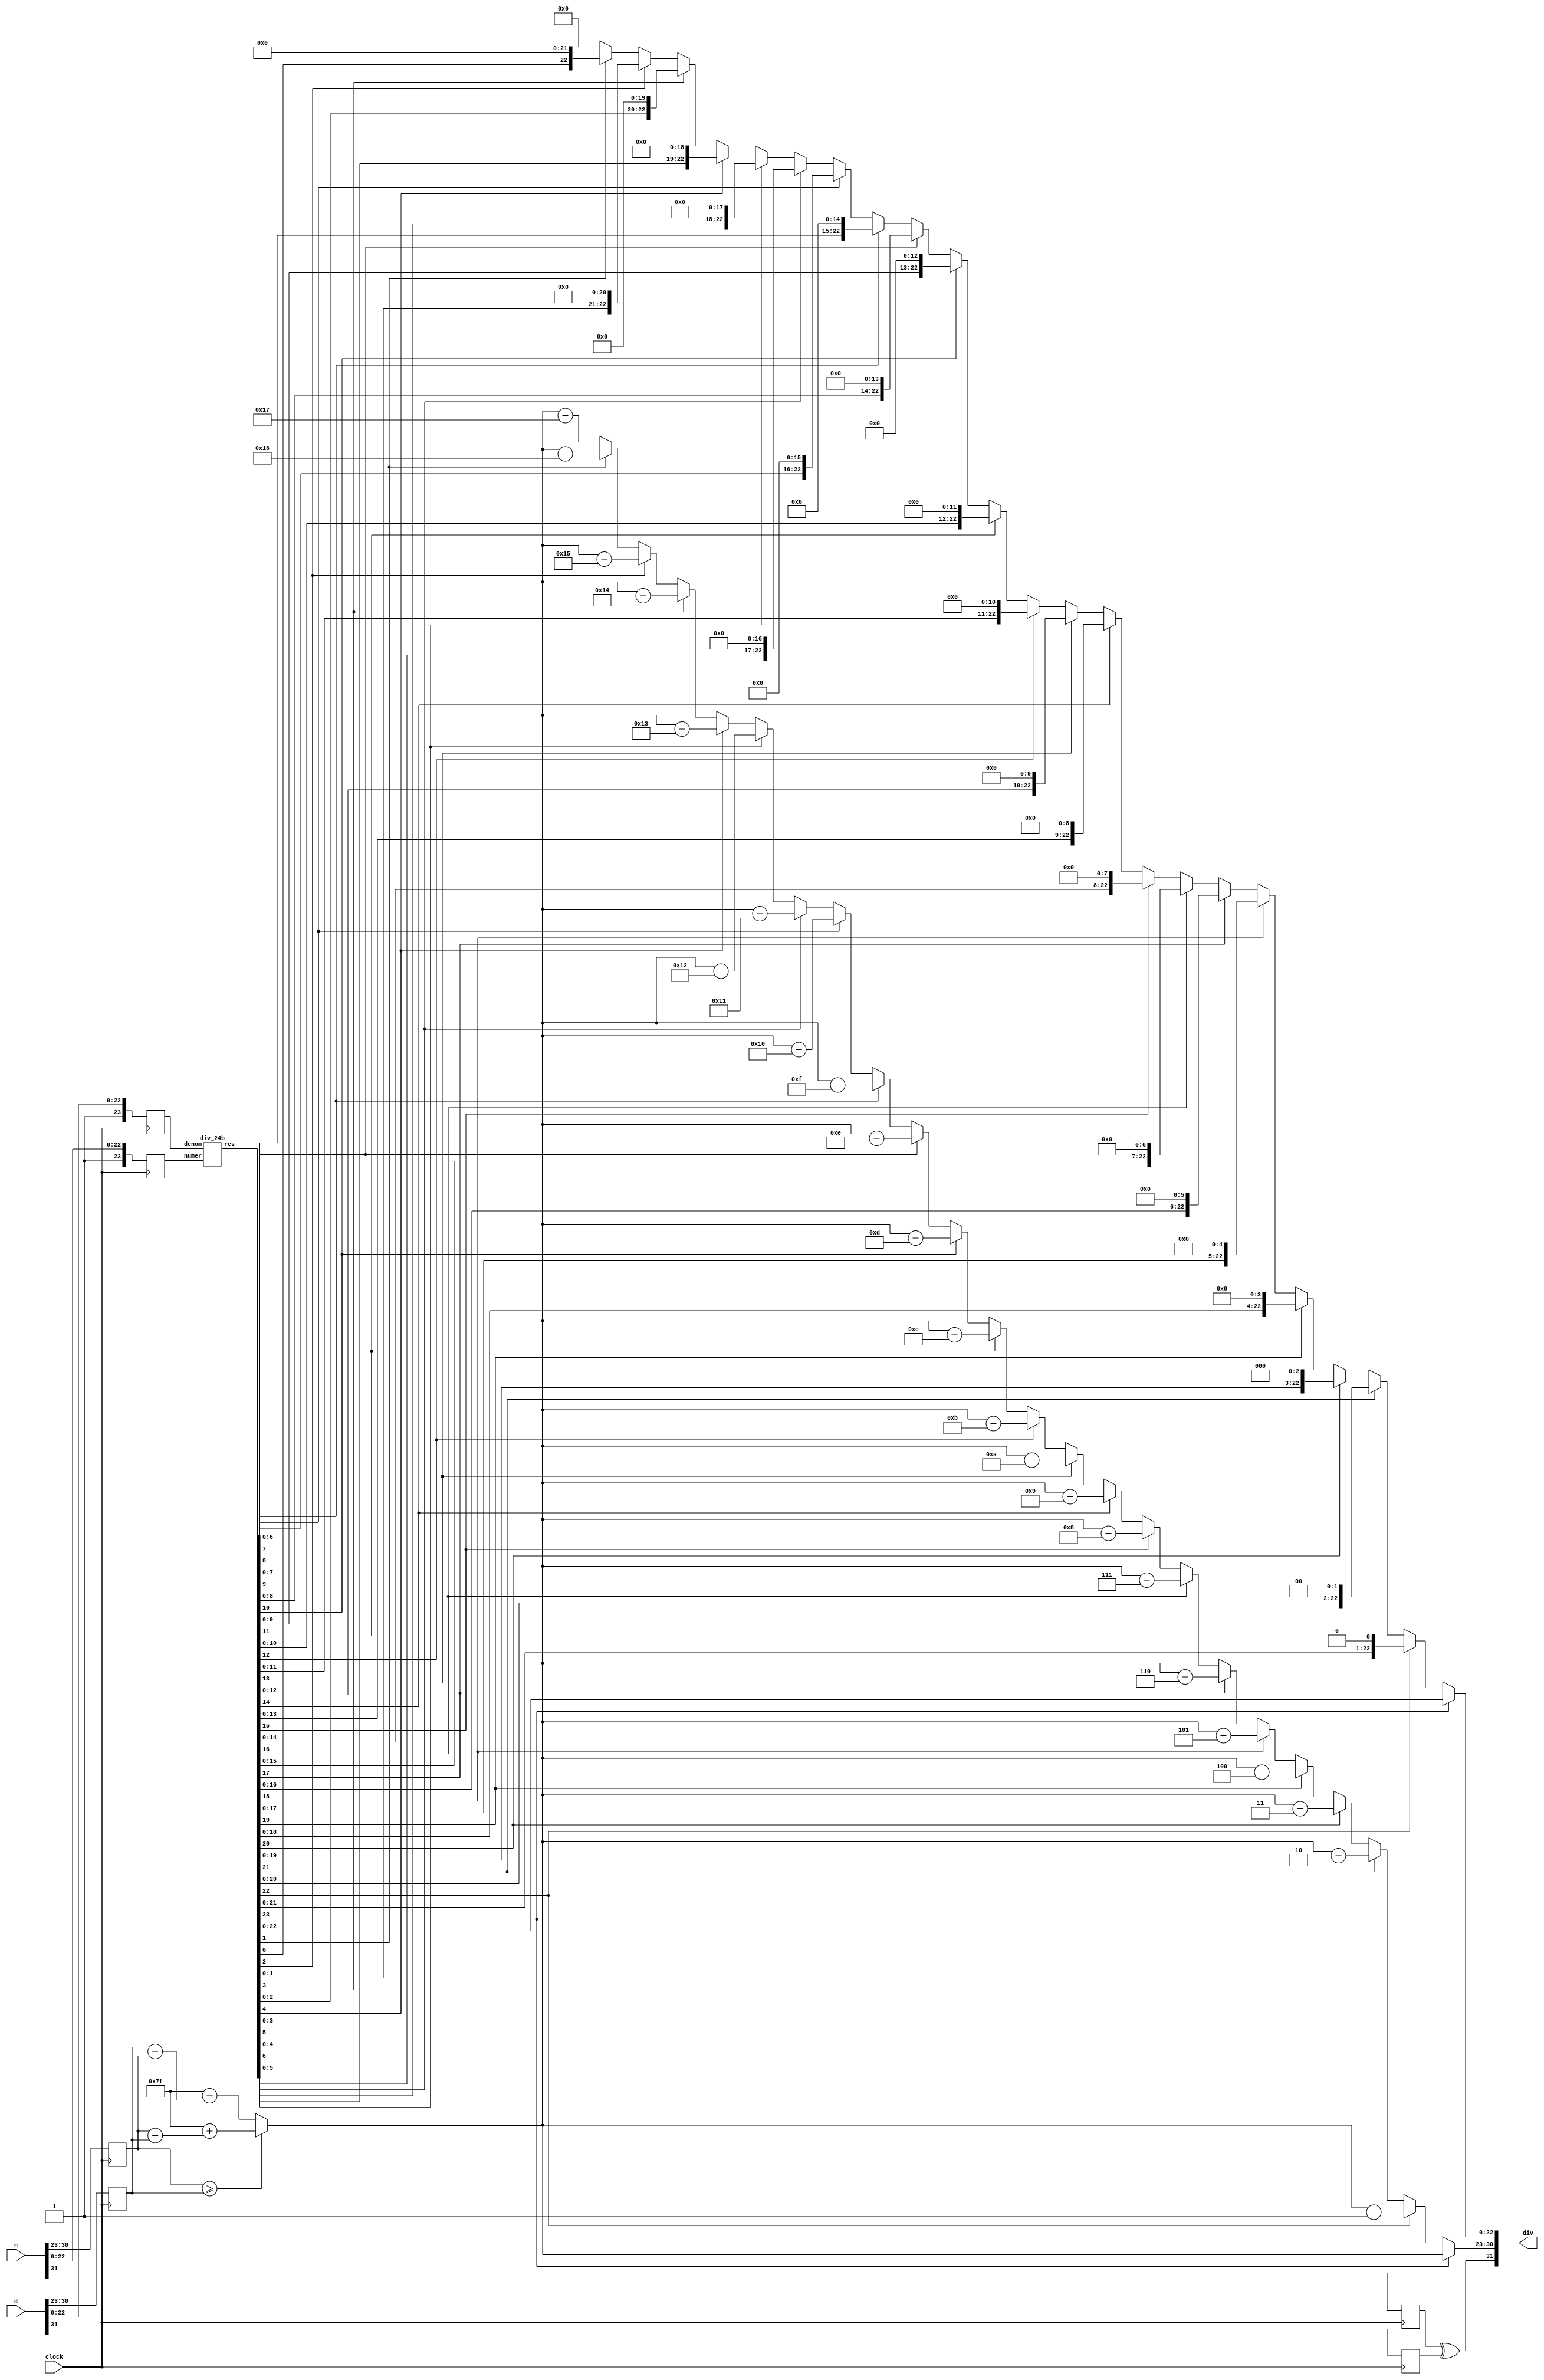
`define NWIDTH 6'b010100
`define BLOCKWIDTH 4'b0111
`define DDRWIDTH 7'b0100000
`define DDRNUMDQS 4'b0100
`define DDRSIZEWIDTH 6'b011000
`define BURSTLEN 3'b010
`define MEMCONWIDTH 8'b01000000
`define MEMCONNUMBYTES 5'b01000
`define RAMWIDTH 12'b010000000000
`define RAMNUMBYTES 9'b010000000
`define RAMSIZEWIDTH 4'b0111
`define TOPWIDTH 7'b0100000
`define rFIFOINPUTWIDTH 8'b01000000
`define wFIFOINPUTWIDTH 12'b010000000000
`define mFIFOWIDTH 6'b011100
`define aFIFOWIDTH 4'b0111
`define SIMULATION_MEMORY
`define BLOCKM 8'b01000000
`define BLOCKN 8'b01000000
`define BLOCKMDIVK 3'b010
`define MEMBLOCKM 7'b0100000
`define MEMBLOCKN 7'b0100000
`define NWIDTH 6'b010100
`define BLOCKWIDTH 4'b0111
`define DDRSIZEWIDTH 6'b011000
`define RAMSIZEWIDTH 4'b0111
`define START 1'b0 //0
`define SETUP 2'b01 //1
`define FIRST 3'b010 //2
`define MODE0_SETUP 3'b011 //3
`define MODE0_WAIT 4'b0100 //4
`define MODE0 4'b0101 //5
`define MODE1_SETUP 4'b0110 //6
`define MODE1_WAIT 4'b0111 //7
`define MODE1 5'b01000 //8
`define MODE2_SETUP 5'b01001 //9
`define MODE2_WAIT 5'b01010 //10
`define MODE2 5'b01011 //11
`define MODE3_SETUP 5'b01100 //12
`define MODE3_WAIT 5'b01101 //13
`define MODE3 5'b01110 //14
`define STALL 5'b01111 //15
`define STALL_WAIT 6'b010000 //16
`define WAIT 6'b010001 //17
`define FINAL_WRITE 6'b010010 //18
`define FINAL_WAIT 6'b010011 //19
`define IDLE 6'b010100 //20
`define LAST_SETUP 6'b010101 //21
`define LAST_SETUP_WAIT 6'b010110 //22
`define LAST 6'b010111 //23
`define LAST_WAIT 6'b011000 //24
`define MEM_IDLE 1'b0 //0
`define MEM_WRITE 2'b01 //1
`define MEM_WRITE_WAIT 3'b010 //2
`define MEM_CHECK_DONE 3'b011 //3
`define MEM_READ 4'b0100 //4
`define MEM_READ_WAIT 4'b0101 //5
`define MEM_DONE 4'b0110 //6
`define MEM_WAIT_DONE 4'b0111 //7
`define rRAMSIZEWIDTH 7
`define cSETUP 4'b0000
`define cSTART 4'b0001
`define cFETCH_COL 4'b0010
`define cWAIT_COL 4'b0011
`define cFIND_REC 4'b0100
`define cMULT_COL 4'b0101
`define cUPDATE_J 4'b0110
`define cSTORE_MO 4'b0111
`define cMULT_SUB 4'b1000
`define cINCRE_I 4'b1001
`define cWAIT 4'b1010
`define cDONE 4'b1011
`define cSTORE_DIAG 4'b1100
`define cSTORE_DIAG2 4'b1101
`define cSTART_FETCH_ROW 4'b1110
`define cROW_WAIT 2'b00
`define cFETCH_ROW 2'b01
`define cDONE_FETCH_ROW 2'b10
`define cLOAD_ROW_INC_J 2'b11
`define PRECISION 7'b0100000
`define NUMPE 7'b0100000
`define PEWIDTH 4'b0101
`define BLOCKWIDTH 4'b0111
`define RAMWIDTH 12'b010000000000
`define RAMNUMBYTES 9'b010000000
`define RAMSIZEWIDTH 4'b0111
`define TOPSIZEWIDTH 5'b01100
`define TOPINPUTDELAY 3'b011
`define TOPOUTPUTDELAY 2'b01
`define MEMINPUTDELAY 3'b010
`define MEMOUTPUTDELAY 2'b01
`define TOPWIDTH 7'b0100000
//`define rFIFOINPUTWIDTH 64
`define rFIFOSIZE 256
`define rFIFOSIZEWIDTH 8
`define rFIFOOUTPUTWIDTH 1024
`define rFIFORSIZEWIDTH 4
	`define wFIFOINPUTWIDTH 12'b010000000000
	`define wFIFOSIZE 6'b010000
	`define wFIFOSIZEWIDTH 4'b0100
	`define wFIFOOUTPUTWIDTH 8'b01000000
	`define wFIFORSIZEWIDTH 5'b01000
`define aFIFOSIZE 6'b010000
`define aFIFOSIZEWIDTH 4'b0100
`define aFIFOWIDTH 4'b0111
`define mFIFOSIZE 16
`define mFIFOSIZEWIDTH 4
//`define mFIFOWIDTH 28
`define BURSTLEN 3'b010
`define BURSTWIDTH 3'b010
`define DATAWIDTH 12'b010000000000
`define DATANUMBYTES 9'b010000000
`define MEMCONWIDTH 8'b01000000
`define MEMCONNUMBYTES 5'b01000
`define DDRSIZEWIDTH 6'b011000
`define FIFOSIZE 6'b010000
`define FIFOSIZEWIDTH 4'b0100
`define RAMWIDTH 12'b010000000000
`define RAMNUMBYTES 9'b010000000
`define RAMSIZEWIDTH 4'b0111
`define RATIO 6'b010000
`define RAMLAT 4'b0101
`define dIDLE 0
`define dWRITE 1
`define dREAD 2
`define ZERO        8'b00000000  
`define ONE         8'b00000001  
`define TWO         8'b00000010  
`define THREE 		  8'b00000011  
`define FOUR		  8'b00000100  
`define FIVE		  8'b00000101  
`define SIX         8'b00000110  
`define SEVEN       8'b00000111  
`define EIGHT       8'b00001000  
`define NINE        8'b00001001  
`define TEN         8'b00001010  
`define ELEVEN      8'b00001011  
`define TWELVE      8'b00001100  
`define THIRTEEN    8'b00001101  
`define FOURTEEN    8'b00001110  
`define FIFTEEN     8'b00001111  
`define SIXTEEN     8'b00010000  
`define SEVENTEEN   8'b00010001  
`define EIGHTEEN	  8'b00010010  
`define NINETEEN    8'b00010011  
`define TWENTY		  8'b00010100  
`define TWENTYONE   8'b00010101  
`define TWENTYTWO   8'b00010110  
`define TWENTYTHREE 8'b00010111  
`define TWENTYFOUR  8'b00011000  
`define WEXP	8  
`define WSIG	23  
`define WFLAG	5  
`define WCONTROL 5  
`define DIVZERO 	0  
`define INVALID 	1  
`define INEXACT 	2  
`define OVERFLOW 	3  
`define UNDERFLOW	4  
`define WIDTH 		32 	//(`WEXP + `WSIG + 1)  
`define PRODWIDTH	48 	//(2 * (`WSIG + 1))  
`define SHIFTWIDTH	96 	//(2 * `PRODWIDTH))  
`define WPRENORM	24	// `WSIG + 1  
`define WEXPSUM		10	// `WEXP + 2  
`define BIAS		127	// (2^(`WEXP)) - 1  
`define WSIGMINUS1	22	// `WSIG - 1, used for rounding  
`define WSHIFTAMT	5	// log2(`WSIG + 1) rounded up  
`define UNDERBIAS	192	// 3 * 2 ^ (`WEXP -2)  
`define OVERBIAS	-192	// -`UNDERBIAS  
`define	EXTRASIG	25		// `WSIG+2 this is the amount of precision needed so no  
`define	SHIFT		5		// # bits the max alignment shift will fit in (log2(`WSIG+2)  
`define	MAX_EXP		8'b11111110	// the maximum non-infinite exponent,  
`define	INF_EXP		8'b11111111	// Infinity exponent, `WEXP bits, all 1  
`define	MAX_SIG		23'b11111111111111111111111  
`define	WEXP_0		8'b0		// Exponent equals `WEXP'b0  
`define	WEXP_1		8'b1		// Exponent equals one `WEXP'b1  
`define	WSIG_0		23'b0		// Significand equals zero `WSIG'b0  
`define	WSIG_1		23'b1		// Significand equals one `WSIG'b1  
`define	EXTRASIG_0	25'b0		// All result bits for adder zero `EXTRASIG'b0  
`define	MAXSHIFT	24		// `WSIG + 1  
`define CONSTNAN	{9'b111111111,22'b0}  
`define CONSTZERO	31'b0  
`define CONSTINFINITY	{8'b11111111, 23'b0}  
`define CONSTLARGEST	{`MAX_EXP, `MAX_SIG}  
`define PRESHIFTZEROS  48'b0 // `PRODWIDTH'b0  

module fpu_div(clock, n, d, div);  
//n = numerator  
//d = denomenator  
//div = result  
	input clock;  
  
	input [31:0]n;  
	input [31:0]d;  
	output [31:0]div;  
	reg [31:0]div;  
	  
	//Store the mantissa and exponents separately. Introduce the latency of 1.  
	reg [7:0]n_exp;  
	reg [7:0]d_exp;  
	reg [23:0]n_man;  
	reg [23:0]d_man;  
	reg n_sign;  
	reg d_sign;  
	  
	wire [23:0]div_man;  
	reg [7:0]div_exp;  
	  
	always @ (posedge clock) begin  
		n_exp <= n[30:23];  
		d_exp <= d[30:23];  
		n_man <= {1'b1, n[22:0]};  
		d_man <= {1'b1, d[22:0]};  
		n_sign <= n[31];  
		d_sign <= d[31];  
	end  
	  
	//Find the exponent, store in div_exp.  
	always @ (n_exp or d_exp) begin  
		if (n_exp >= d_exp) begin  
			div_exp = 8'b01111111 + (n_exp - d_exp);  
		end else begin  
			div_exp = 8'b01111111 - (d_exp - n_exp);  
		end  
	end  
	  
	//Divide the mantissas, store in div_man.  
	div_24b divide(.numer(n_man), .denom(d_man), .res(div_man));  
	  
	//Store the result. Shift exponents appropriately. Store sign.  
	//Sign  
	always @ (n_sign or d_sign) begin  
		div[31] = n_sign ^ d_sign;  
	end  
	  
	//Mantissa and Exponent  
	always @ (div_man or div_exp) begin  
		if (div_man[23]) begin //do nothing  
			div[22:0] = div_man[22:0];  
			div[30:23] = div_exp;  
		  
		end else if (div_man[22]) begin //shift << by 1, subtract 1 from exponent. 
			div[22:0] = {div_man[21:0], 1'b0}; 
			div[30:23] = div_exp - 8'b00000001; 
 
		end else if (div_man[21]) begin //shift << by 2, subtract 2 from exponent. 
			div[22:0] = {div_man[20:0], 2'b0}; 
			div[30:23] = div_exp - 8'b00000010; 
 
		end else if (div_man[20]) begin //shift << by 3, subtract 3 from exponent. 
			div[22:0] = {div_man[19:0], 3'b0}; 
			div[30:23] = div_exp - 8'b00000011; 
 
		end else if (div_man[19]) begin //shift << by 4, subtract 4 from exponent. 
			div[22:0] = {div_man[18:0], 4'b0}; 
			div[30:23] = div_exp - 8'b00000100; 
 
		end else if (div_man[18]) begin //shift << by 5, subtract 5 from exponent. 
			div[22:0] = {div_man[17:0], 5'b0}; 
			div[30:23] = div_exp - 8'b00000101; 
 
		end else if (div_man[17]) begin //shift << by 6, subtract 6 from exponent. 
			div[22:0] = {div_man[16:0], 6'b0}; 
			div[30:23] = div_exp - 8'b00000110; 
 
		end else if (div_man[16]) begin //shift << by 7, subtract 7 from exponent. 
			div[22:0] = {div_man[15:0], 7'b0}; 
			div[30:23] = div_exp - 8'b00000111; 
 
		end else if (div_man[15]) begin //shift << by 8, subtract 8 from exponent. 
			div[22:0] = {div_man[14:0], 8'b0}; 
			div[30:23] = div_exp - 8'b00001000; 
 
		end else if (div_man[14]) begin //shift << by 9, subtract 9 from exponent. 
			div[22:0] = {div_man[13:0], 9'b0}; 
			div[30:23] = div_exp - 8'b00001001; 
 
		end else if (div_man[13]) begin //shift << by 10, subtract 10 from exponent. 
			div[22:0] = {div_man[12:0], 10'b0}; 
			div[30:23] = div_exp - 8'b00001010; 
 
		end else if (div_man[12]) begin //shift << by 11, subtract 11 from exponent. 
			div[22:0] = {div_man[11:0], 11'b0}; 
			div[30:23] = div_exp - 8'b00001011; 
 
		end else if (div_man[11]) begin //shift << by 12, subtract 12 from exponent. 
			div[22:0] = {div_man[10:0], 12'b0}; 
			div[30:23] = div_exp - 8'b00001100; 
 
		end else if (div_man[10]) begin //shift << by 13, subtract 13 from exponent. 
			div[22:0] = {div_man[9:0], 13'b0}; 
			div[30:23] = div_exp - 8'b00001101; 
 
		end else if (div_man[9]) begin //shift << by 14, subtract 14 from exponent. 
			div[22:0] = {div_man[8:0], 14'b0}; 
			div[30:23] = div_exp - 8'b00001110; 
 
		end else if (div_man[8]) begin //shift << by 15, subtract 15 from exponent. 
			div[22:0] = {div_man[7:0], 15'b0}; 
			div[30:23] = div_exp - 8'b00001111; 
 
		end else if (div_man[7]) begin //shift << by 16, subtract 16 from exponent. 
			div[22:0] = {div_man[6:0], 16'b0}; 
			div[30:23] = div_exp - 8'b00010000; 
 
		end else if (div_man[6]) begin //shift << by 17, subtract 17 from exponent. 
			div[22:0] = {div_man[5:0], 17'b0}; 
			div[30:23] = div_exp - 8'b00010001; 
 
		end else if (div_man[5]) begin //shift << by 18, subtract 18 from exponent. 
			div[22:0] = {div_man[4:0], 18'b0}; 
			div[30:23] = div_exp - 8'b00010010; 
 
		end else if (div_man[4]) begin //shift << by 19, subtract 19 from exponent. 
			div[22:0] = {div_man[3:0], 19'b0}; 
			div[30:23] = div_exp - 8'b00010011; 
 
		end else if (div_man[3]) begin //shift << by 20, subtract 20 from exponent. 
			div[22:0] = {div_man[2:0], 20'b0}; 
			div[30:23] = div_exp - 8'b00010100; 
 
		end else if (div_man[2]) begin //shift << by 21, subtract 21 from exponent. 
			div[22:0] = {div_man[1:0], 21'b0}; 
			div[30:23] = div_exp - 8'b00010101; 
 
		end else if (div_man[1]) begin //shift << by 22, subtract 22 from exponent. 
			div[22:0] = {div_man[0:0], 22'b0}; 
			div[30:23] = div_exp - 8'b00010110; 
  
		end else /*if (div_man[0])*/ begin //shift << by 23, subtract 23 from exponent. 
			div[22:0] = 23'b0; 
			div[30:23] = div_exp - 8'b00010111; 
		end 
  
	end  
	  
endmodule   
module div_24b(numer, denom, res);  
	//input clock;  
  
	input [23:0]numer;  
	input [23:0]denom;  
	output [23:0]res;  
	reg [23:0]res;  
	  
	//Pad with 23 zeros.  
	wire [46:0]denom_pad;  
	wire [46:0]numer23; 
	reg [46:0]numer22; 
	reg [46:0]numer21; 
	reg [46:0]numer20; 
	reg [46:0]numer19; 
	reg [46:0]numer18; 
	reg [46:0]numer17; 
	reg [46:0]numer16; 
	reg [46:0]numer15; 
	reg [46:0]numer14; 
	reg [46:0]numer13; 
	reg [46:0]numer12; 
	reg [46:0]numer11; 
	reg [46:0]numer10; 
	reg [46:0]numer9; 
	reg [46:0]numer8; 
	reg [46:0]numer7; 
	reg [46:0]numer6; 
	reg [46:0]numer5; 
	reg [46:0]numer4; 
	reg [46:0]numer3; 
	reg [46:0]numer2; 
	reg [46:0]numer1;  
	reg [46:0]numer0;  
	  
	//always @ (posedge clock) begin  
	assign denom_pad = {23'b0, denom};  
	assign numer23 = {numer, 23'b0};  
	// end  
	  
	//res[23]  
	always @ (denom_pad or numer23) begin  
	  
		if (denom_pad[23:0] <= numer23[46:23]) begin 
			res[23] = 1'b1; 
			numer22 = {numer23[46:23] - denom_pad[23:0], 23'b0}; 
		end else begin 
			res[23] = 1'b0; 
			numer22 = numer23; 
		end 
 
		if (denom_pad[24:0] <= numer22[46:22]) begin 
			res[22] = 1'b1; 
			numer21 = {numer22[46:22] - denom_pad[24:0], 22'b0}; 
		end else begin 
			res[22] = 1'b0; 
			numer21 = numer22; 
		end 
 
		if (denom_pad[25:0] <= numer21[46:21]) begin 
			res[21] = 1'b1; 
			numer20 = {numer21[46:21] - denom_pad[25:0], 21'b0}; 
		end else begin 
			res[21] = 1'b0; 
			numer20 = numer21; 
		end 
 
		if (denom_pad[26:0] <= numer20[46:20]) begin 
			res[20] = 1'b1; 
			numer19 = {numer20[46:20] - denom_pad[26:0], 20'b0}; 
		end else begin 
			res[20] = 1'b0; 
			numer19 = numer20; 
		end 
 
		if (denom_pad[27:0] <= numer19[46:19]) begin 
			res[19] = 1'b1; 
			numer18 = {numer19[46:19] - denom_pad[27:0], 19'b0}; 
		end else begin 
			res[19] = 1'b0; 
			numer18 = numer19; 
		end 
 
		if (denom_pad[28:0] <= numer18[46:18]) begin 
			res[18] = 1'b1; 
			numer17 = {numer18[46:18] - denom_pad[28:0], 18'b0}; 
		end else begin 
			res[18] = 1'b0; 
			numer17 = numer18; 
		end 
 
		if (denom_pad[29:0] <= numer17[46:17]) begin 
			res[17] = 1'b1; 
			numer16 = {numer17[46:17] - denom_pad[29:0], 17'b0}; 
		end else begin 
			res[17] = 1'b0; 
			numer16 = numer17; 
		end 
 
		if (denom_pad[30:0] <= numer16[46:16]) begin 
			res[16] = 1'b1; 
			numer15 = {numer16[46:16] - denom_pad[30:0], 16'b0}; 
		end else begin 
			res[16] = 1'b0; 
			numer15 = numer16; 
		end 
 
		if (denom_pad[31:0] <= numer15[46:15]) begin 
			res[15] = 1'b1; 
			numer14 = {numer15[46:15] - denom_pad[31:0], 15'b0}; 
		end else begin 
			res[15] = 1'b0; 
			numer14 = numer15; 
		end 
 
		if (denom_pad[32:0] <= numer14[46:14]) begin 
			res[14] = 1'b1; 
			numer13 = {numer14[46:14] - denom_pad[32:0], 14'b0}; 
		end else begin 
			res[14] = 1'b0; 
			numer13 = numer14; 
		end 
 
		if (denom_pad[33:0] <= numer13[46:13]) begin 
			res[13] = 1'b1; 
			numer12 = {numer13[46:13] - denom_pad[33:0], 13'b0}; 
		end else begin 
			res[13] = 1'b0; 
			numer12 = numer13; 
		end 
 
		if (denom_pad[34:0] <= numer12[46:12]) begin 
			res[12] = 1'b1; 
			numer11 = {numer12[46:12] - denom_pad[34:0], 12'b0}; 
		end else begin 
			res[12] = 1'b0; 
			numer11 = numer12; 
		end 
 
		if (denom_pad[35:0] <= numer11[46:11]) begin 
			res[11] = 1'b1; 
			numer10 = {numer11[46:11] - denom_pad[35:0], 11'b0}; 
		end else begin 
			res[11] = 1'b0; 
			numer10 = numer11; 
		end 
 
		if (denom_pad[36:0] <= numer10[46:10]) begin 
			res[10] = 1'b1; 
			numer9 = {numer10[46:10] - denom_pad[36:0], 10'b0}; 
		end else begin 
			res[10] = 1'b0; 
			numer9 = numer10; 
		end 
 
		if (denom_pad[37:0] <= numer9[46:9]) begin 
			res[9] = 1'b1; 
			numer8 = {numer9[46:9] - denom_pad[37:0], 9'b0}; 
		end else begin 
			res[9] = 1'b0; 
			numer8 = numer9; 
		end 
 
		if (denom_pad[38:0] <= numer8[46:8]) begin 
			res[8] = 1'b1; 
			numer7 = {numer8[46:8] - denom_pad[38:0], 8'b0}; 
		end else begin 
			res[8] = 1'b0; 
			numer7 = numer8; 
		end 
 
		if (denom_pad[39:0] <= numer7[46:7]) begin 
			res[7] = 1'b1; 
			numer6 = {numer7[46:7] - denom_pad[39:0], 7'b0}; 
		end else begin 
			res[7] = 1'b0; 
			numer6 = numer7; 
		end 
 
		if (denom_pad[40:0] <= numer6[46:6]) begin 
			res[6] = 1'b1; 
			numer5 = {numer6[46:6] - denom_pad[40:0], 6'b0}; 
		end else begin 
			res[6] = 1'b0; 
			numer5 = numer6; 
		end 
 
		if (denom_pad[41:0] <= numer5[46:5]) begin 
			res[5] = 1'b1; 
			numer4 = {numer5[46:5] - denom_pad[41:0], 5'b0}; 
		end else begin 
			res[5] = 1'b0; 
			numer4 = numer5; 
		end 
 
		if (denom_pad[42:0] <= numer4[46:4]) begin 
			res[4] = 1'b1; 
			numer3 = {numer4[46:4] - denom_pad[42:0], 4'b0}; 
		end else begin 
			res[4] = 1'b0; 
			numer3 = numer4; 
		end 
 
		if (denom_pad[43:0] <= numer3[46:3]) begin 
			res[3] = 1'b1; 
			numer2 = {numer3[46:3] - denom_pad[43:0], 3'b0}; 
		end else begin 
			res[3] = 1'b0; 
			numer2 = numer3; 
		end 
 
		if (denom_pad[44:0] <= numer2[46:2]) begin 
			res[2] = 1'b1; 
			numer1 = {numer2[46:2] - denom_pad[44:0], 2'b0}; 
		end else begin 
			res[2] = 1'b0; 
			numer1 = numer2; 
		end 
 
		if (denom_pad[45:0] <= numer1[46:1]) begin 
			res[1] = 1'b1; 
			numer0 = {numer1[46:1] - denom_pad[45:0], 1'b0}; 
		end else begin 
			res[1] = 1'b0; 
			numer0 = numer1; 
		end 
  
		if (denom_pad <= numer0) begin  
			res[0] = 1'b1;  
		end else begin  
			res[0] = 1'b0;  
		end 
  
	end  
	  
endmodule